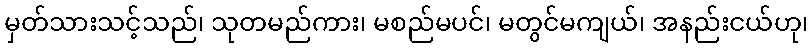
မှတ်သားသင့်သည်၊ သုတမည်ကား၊ မစည်မပင်၊ မတွင်မကျယ်၊ အနည်းငယ်ဟု၊